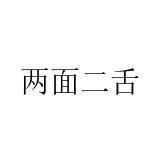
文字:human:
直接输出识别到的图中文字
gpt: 两面二舌